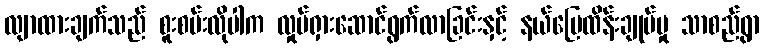
လျာထားချက်သည် စူးစမ်းလိုပါက လှုပ်ရှားဆောင်ရွက်လာခြင်းနှင့် နယ်မြေထိန်းချုပ်မှု သာစည်ရွာ